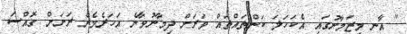
" އާނ މިޒަމާނުގައި އެކަހަލަ ކަންތައްތައް ވަރަށް ދިމާނުވާނެ އަހަރެމެން ރަށަށް ގޮއްސަ